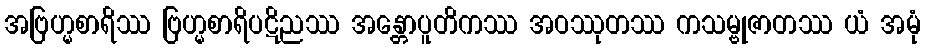
အဗြဟ္မစာရိဿ ဗြဟ္မစာရိပဋိညဿ အန္တောပူတိကဿ အဝဿုတဿ ကသမ္ဗုဇာတဿ ယံ အမုံ